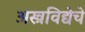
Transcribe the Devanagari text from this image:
अस्त्रविद्येचे